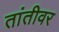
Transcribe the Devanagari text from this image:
तांतीवर